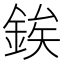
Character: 𨧚